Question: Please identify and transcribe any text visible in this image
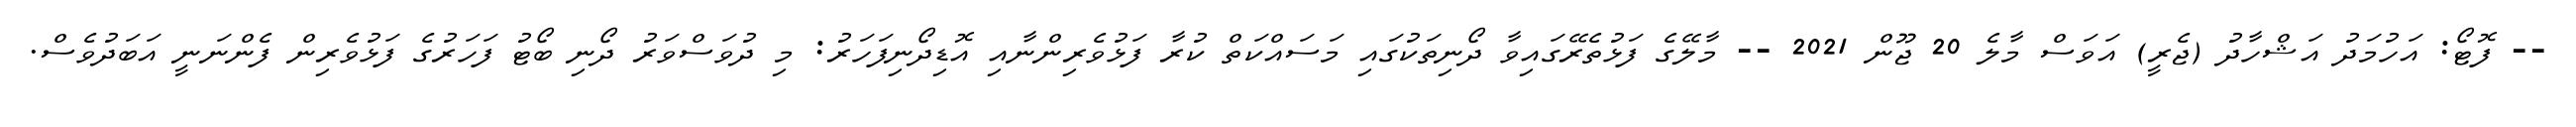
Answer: -- ފޮޓޯ: އަހުމަދު އަޝްހާދު (ޖެރީ) އަވަސް މާލެ 20 ޖޫން 2021 -- މާލޭގެ ފަޅުތެރޭގައިވާ ދޯނިތަކުގައި މަސައްކަތް ކުރާ ފަޅުވެރިންނާއި އޮޑިދޯނިފަހަރު: މި ދުވަސްވަރު ދޯނި ބޯޓު ފަހަރުގެ ފަޅުވެރިން ފެންނަނީ އަބަދުވެސް.